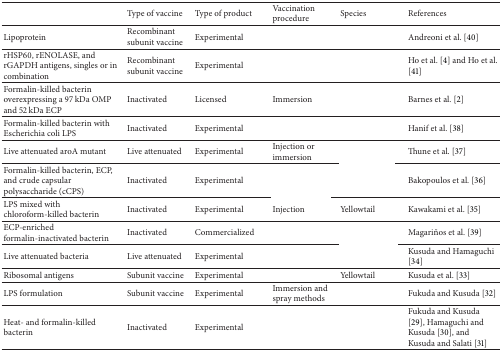
<table><thead><tr><td>[EMPTY_CELL]</td><td><b>Type of vaccine</b></td><td><b>Type of product</b></td><td><b>Vaccination procedure</b></td><td><b>Species </b></td><td><b>References</b></td></tr></thead><tbody><tr><td>Lipoprotein</td><td>Recombinant subunit vaccine</td><td>Experimental</td><td>[EMPTY_CELL]</td><td>[EMPTY_CELL]</td><td>Andreoni et al. [40]</td></tr><tr><td>rHSP60, rENOLASE, and rGAPDH antigens, singles or in combination </td><td>Recombinant subunit vaccine</td><td>Experimental</td><td>[EMPTY_CELL]</td><td>[EMPTY_CELL]</td><td>Ho et al. [4] and Ho et al. [41]</td></tr><tr><td>Formalin-killed bacterin overexpressing a 97 kDa OMP and 52 kDa ECP</td><td>Inactivated</td><td>Licensed</td><td>Immersion</td><td>[EMPTY_CELL]</td><td>Barnes et al. [2]</td></tr><tr><td>Formalin-killed bacterin with Escherichia coli LPS</td><td>Inactivated</td><td>Experimental</td><td>[EMPTY_CELL]</td><td>[EMPTY_CELL]</td><td>Hanif et al. [38]</td></tr><tr><td>Live attenuated aroA mutant</td><td>Live attenuated</td><td>Experimental</td><td>Injection or immersion</td><td>[EMPTY_CELL]</td><td>Thune et al. [37]</td></tr><tr><td>Formalin-killed bacterin, ECP, and crude capsular polysaccharide (cCPS)</td><td>Inactivated</td><td>Experimental</td><td>[EMPTY_CELL]</td><td>[EMPTY_CELL]</td><td>Bakopoulos et al. [36]</td></tr><tr><td>LPS mixed with chloroform-killed bacterin</td><td>Inactivated</td><td>Experimental</td><td>Injection </td><td>Yellowtail</td><td>Kawakami et al. [35]</td></tr><tr><td>ECP-enriched formalin-inactivated bacterin </td><td>Inactivated</td><td>Commercialized </td><td>[EMPTY_CELL]</td><td>[EMPTY_CELL]</td><td>Magariños et al. [39] </td></tr><tr><td>Live attenuated bacteria </td><td>Live attenuated</td><td>Experimental</td><td>[EMPTY_CELL]</td><td>[EMPTY_CELL]</td><td>Kusuda and Hamaguchi [34]</td></tr><tr><td>Ribosomal antigens</td><td>Subunit vaccine</td><td>Experimental</td><td>[EMPTY_CELL]</td><td>Yellowtail</td><td>Kusuda et al. [33]</td></tr><tr><td>LPS formulation </td><td>Subunit vaccine</td><td>Experimental</td><td>Immersion and spray methods</td><td>[EMPTY_CELL]</td><td>Fukuda and Kusuda [32]</td></tr><tr><td>Heat- and formalin-killed bacterin</td><td>Inactivated</td><td>Experimental</td><td>[EMPTY_CELL]</td><td>[EMPTY_CELL]</td><td>Fukuda and Kusuda [29], Hamaguchi and Kusuda [30], and Kusuda and Salati [31]</td></tr></tbody></table>